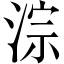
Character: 淙